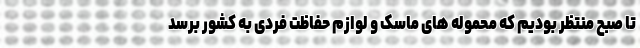
تا صبح منتظر بودیم که محموله های ماسک و لوازم حفاظت فردی به کشور برسد